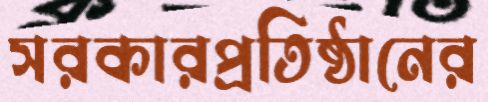
সরকারপ্রতিষ্ঠানের